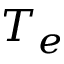
T _ { e }